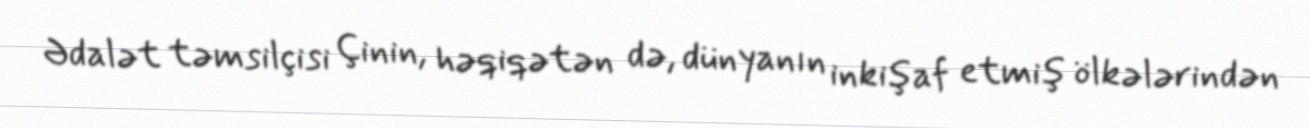
Ədalət təmsilçisi Çinin, həqiqətən də, dünyanın inkişaf etmiş ölkələrindən